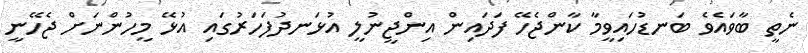
ނެތީ ބާވައެވެ ބަނޑުހައިވީމާ ކާންޖެހޭ ފަދައިން އިންޖީނުލީ އުޅަނދުފަހަރުގައި އުޅޭ މީހުންނަށް ޖެހޭނީ